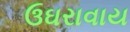
ઉઘરાવાય